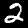
Digit: 2